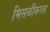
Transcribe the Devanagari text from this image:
मिसळीकरता